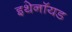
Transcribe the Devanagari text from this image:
इथेनॉयड